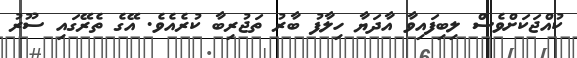
ކުއްޖަކަށްވެސް ލިބިފައިވާ އާދަޔާ ހިލާފު ބާރު ތަޖުރިބާ ކުރެއެވެ. އޭގެ ތެރޭގައި ސޫރު